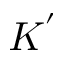
K ^ { ' }